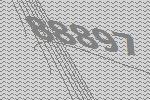
88897